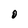
Character: 0